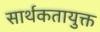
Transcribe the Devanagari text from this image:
सार्थकतायुक्त